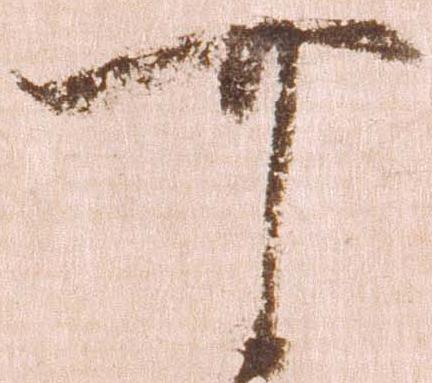
可